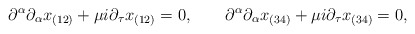
\begin{align*}\partial^\alpha \partial_\alpha x_{(12)} + \mu i \partial_\tau x_{(12)} = 0, \qquad\partial^\alpha \partial_\alpha x_{(34)} + \mu i \partial_\tau x_{(34)} = 0,\end{align*}